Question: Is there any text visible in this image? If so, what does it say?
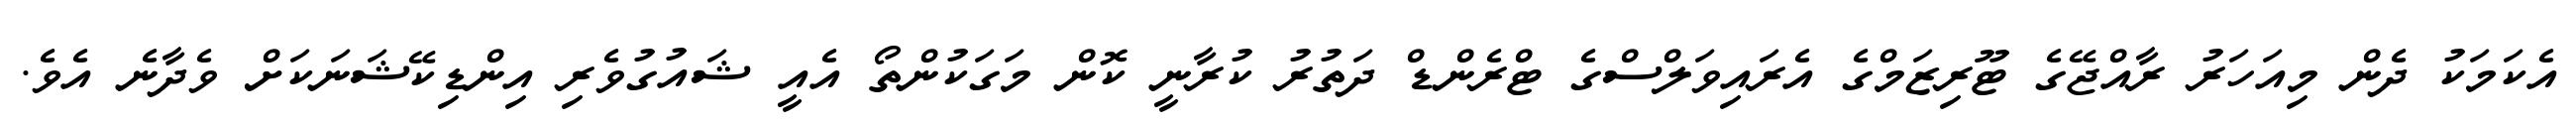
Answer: އެކަމަކު ދެން މިއަހަރު ރާއްޖޭގެ ޓޫރިޒަމްގެ އެރައިވަލްސްގެ ޓްރެންޑް ދަތުރު ކުރާނީ ކޮން މަގަކުންތޯ އެއީ ޝައުގުވެރި އިންޑިކޭޝަނަކަށް ވެދާނެ އެވެ.